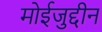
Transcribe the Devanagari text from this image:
मोईजुद्दीन